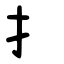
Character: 扌